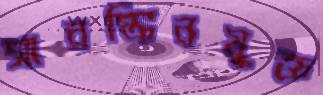
সানস্ক্রিনযুক্ত